Lunatic asylums Madras 1892-1911 - 1892-1911
Year: 1892
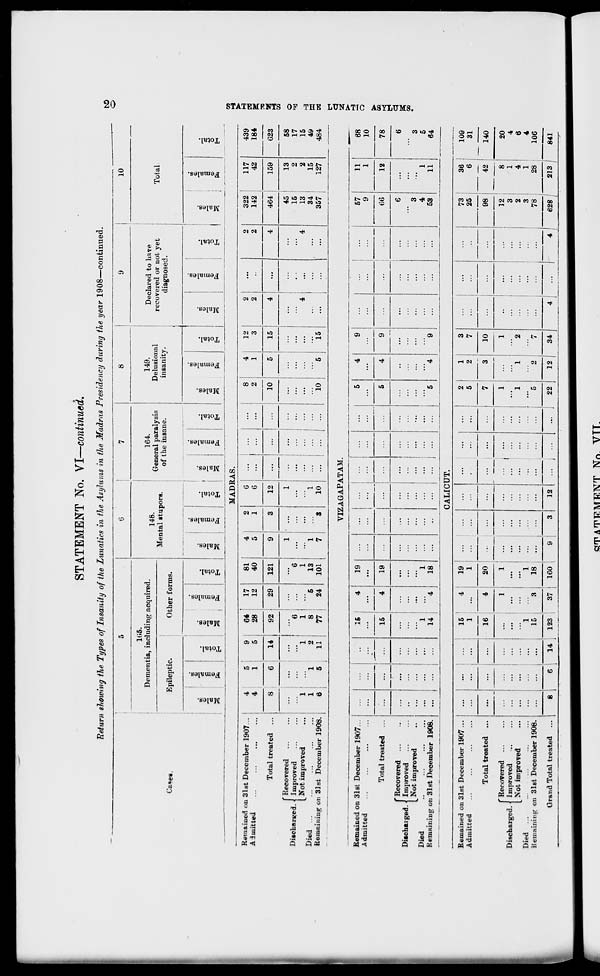
STATEMENT No. VI—continued.
Return slowing the Types of Insanity of the Lunatics in the Asylums in the Madras Presidency during the year 1908—continued.
5
6
7
8
9
10
165.
Dementia, including acquired.
148.
164.
General paralysis
of the insane.
149.
Delusional
insanity.
Declared to have
recovered or not yet
diagnosed.
Total
Ca«es.
Epileptic.
Other forms.
Mental itupors.
•
1
Males.
Females.
Total.
Males.
Females.
Total.
Males.
Females.
i Total.
Males.
1
Females.
1
Is
o
E-i
Males.
1 Females.
Total.
m
o
"3
j Females.
Total.
4
00
Ts
1
a
Total.
1
MADRAS.
Remained on 31st December 1907...
4
5
9 i
64
17
81
4
2
C
8
4
12
2
2
322
117
439
Admitted
4
1
5 !
28
12
40
5
1
6
...
2
10
1
3
2
2
142
42
184
Total treated ...
8
6
14 i
92
29
121
9
3
12
1
—,—
...
5
15
4
...
4
464
159
623
' Recovered
...
i
1 -
...
...
...
...
45
13
58
Discharged. • Improved
...
...
i
6
6
15
2
17
Not improved
1
i i
1
1
...
4
...
4
13
2
15
Died
1
1
2 i
8
5
13
1
1
34
15
49
Remaining on 31st December 1908.
6
5
ii!
77
24
101
7
3
10
...
...
...
10
5
15
...
...
357
127
484
YIZAGAPATAM.
Remained on
Admitted
31st December 1907...
•——
15
15
4
19
1
I
...
5
4
9
...
...
... 1 ...
...
57
9
66
11
1
68
10
Total treated ...
...
...
4
19
...
5
4
9
...
12
1
11
78
Diiohaiged. •
Died
Remaining oi
'Recovered
Improved
_ Not improved
I 31st December 1908.
...
...
1
14
4
1
18
...
...
::: j
...
...
5
'*4
9
...
...
...
6
3
4
53
6
3
5
64
CALICUT.
Remained on 31st December 1907 ...
Admitted
Total treated ...
'Recovered ...
Discharged. • Improved
Not improved
Died
Remaining on 3l6t December 1908.
Grand Total treated ...
8
15
1
16
1
15
19
1
14
123
20
37
1
18
160
12
22
1
2
10
12
34
4
73
25
98
12
3
2
3
78
36
6
42
8
1
4
1
28
109
31
140
628
213
20
4
6
4
106
841
GO
SO
O
H3
B
>
1-3
o
(fr-
GO
HTATTCMTCNT Nn. VTT.